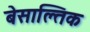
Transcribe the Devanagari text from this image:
बेसाल्तिक